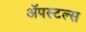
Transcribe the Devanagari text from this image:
ॲपस्टल्स